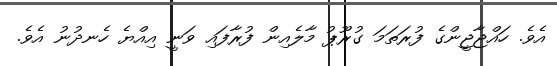
އެވެ. ހައްޖާޖީންގެ ފުރަތަމަ ގުރޫޕު މާލެއިން ފުރާފައި ވަނީ އިއްޔެ ހެނދުނު އެވެ.